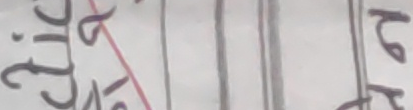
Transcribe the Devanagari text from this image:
३.२९४